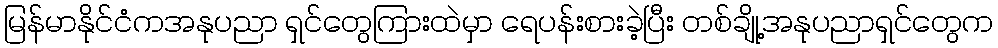
မြန်မာနိုင်ငံကအနုပညာ ရှင်တွေကြားထဲမှာ ရေပန်းစားခဲ့ပြီး တစ်ချို့အနုပညာရှင်တွေက